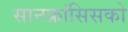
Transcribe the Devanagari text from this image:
सानफ्रांसिसको